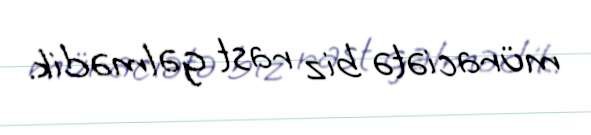
müraciətə biz rast gəlmədik.